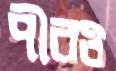
পীরও